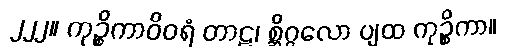
၂၂၂။ ကုဉ္စိကာဝိဝရံ တာဠ၊ စ္ဆိဂ္ဂလော ပျထ ကုဉ္စိကာ။